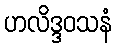
ဟလိဒ္ဒဝသနံ